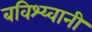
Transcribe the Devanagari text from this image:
बविश्य्वानी